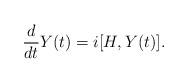
LaTeX: \begin{align*} \frac{d}{dt} Y(t) = i[H, Y(t)]. \end{align*}